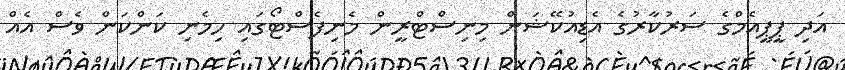
އަދި ޕީޕީއެމްގެ ސަރުކާރުގެ އެޑިއުކޭޝަން މިނިސްޓްރީން މެނިފެސްޓޯގައި ހިމެނި ކަންކަން ވެސް އެއް